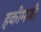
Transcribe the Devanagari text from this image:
हकीमजी